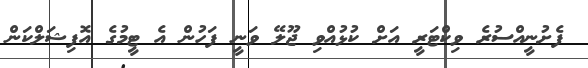
ފެށުނީއްސުރެ ވިކްޓަރީ އަށް ކުޅުއްވި ޖޫލޭ ވަނީ ފަހުން އެ ޓީމުގެ އޮފިޝަލްކަން